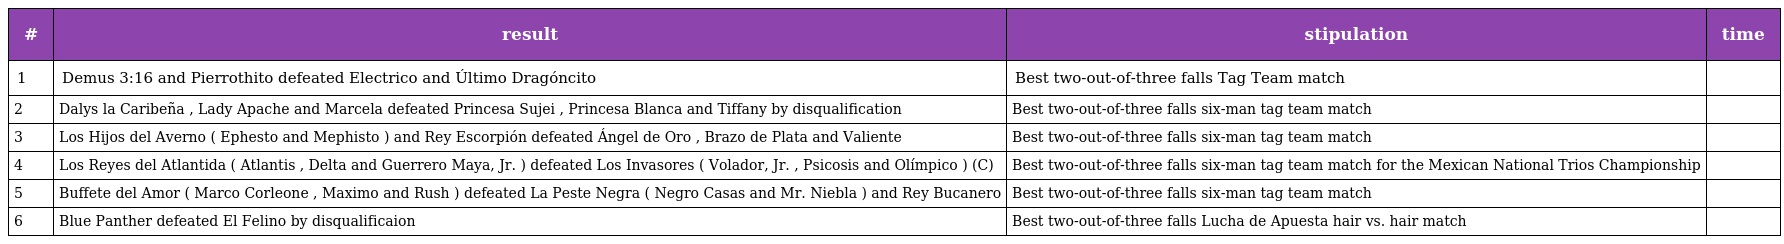
| # | result | stipulation | time |
 | --- | --- | --- | --- |
 | 1 | Demus 3:16 and Pierrothito defeated Electrico and Último Dragóncito | Best two-out-of-three falls Tag Team match |  |
 | 2 | Dalys la Caribeña , Lady Apache and Marcela defeated Princesa Sujei , Princesa Blanca and Tiffany by disqualification | Best two-out-of-three falls six-man tag team match |  |
 | 3 | Los Hijos del Averno ( Ephesto and Mephisto ) and Rey Escorpión defeated Ángel de Oro , Brazo de Plata and Valiente | Best two-out-of-three falls six-man tag team match |  |
 | 4 | Los Reyes del Atlantida ( Atlantis , Delta and Guerrero Maya, Jr. ) defeated Los Invasores ( Volador, Jr. , Psicosis and Olímpico ) (C) | Best two-out-of-three falls six-man tag team match for the Mexican National Trios Championship |  |
 | 5 | Buffete del Amor ( Marco Corleone , Maximo and Rush ) defeated La Peste Negra ( Negro Casas and Mr. Niebla ) and Rey Bucanero | Best two-out-of-three falls six-man tag team match |  |
 | 6 | Blue Panther defeated El Felino by disqualificaion | Best two-out-of-three falls Lucha de Apuesta hair vs. hair match |  |